Annual administration report of the Civil Veterinary Department of India - 1899-1900
Year: 1899
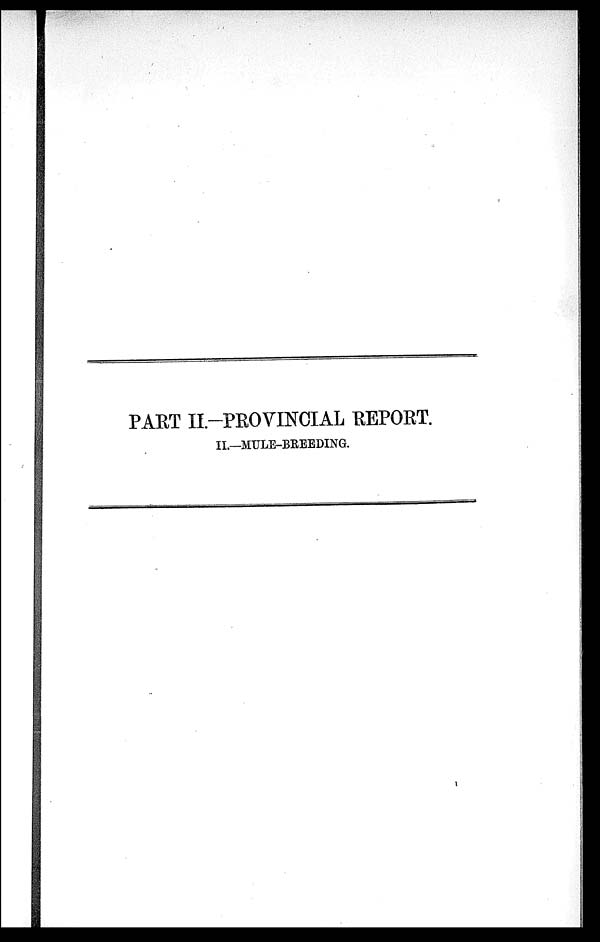
PART II.—PROVINCIAL REPORT.
II.—MULE-BREEDING.